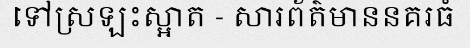
ទៅស្រឡះស្អាត - សារព័ត៌មាននគរធំ